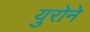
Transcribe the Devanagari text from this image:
युरोने